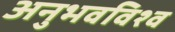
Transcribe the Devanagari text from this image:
अनुभवविश्‍व